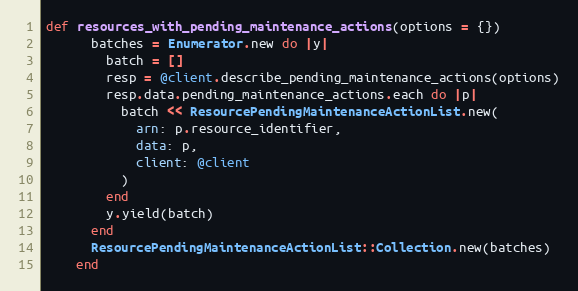
Language: Ruby
def resources_with_pending_maintenance_actions(options = {})
      batches = Enumerator.new do |y|
        batch = []
        resp = @client.describe_pending_maintenance_actions(options)
        resp.data.pending_maintenance_actions.each do |p|
          batch << ResourcePendingMaintenanceActionList.new(
            arn: p.resource_identifier,
            data: p,
            client: @client
          )
        end
        y.yield(batch)
      end
      ResourcePendingMaintenanceActionList::Collection.new(batches)
    end